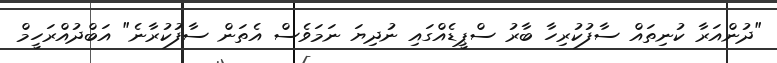
"ދުންއަރާ ކުނިތައް ސާފުކުރިހާ ބާރު ސްޕީޑެއްގައި ނުދިޔަ ނަމަވެސް އެތަން ސާފުކުރާނެ" އަބްދުއްރަހީމް